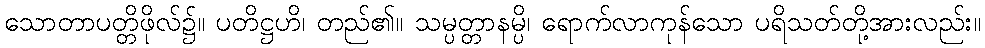
သောတာပတ္တိဖိုလ်၌။ ပတိဋ္ဌဟိ၊ တည်၏။ သမ္ပတ္တာနမ္ပိ၊ ရောက်လာကုန်သော ပရိသတ်တို့အားလည်း။